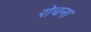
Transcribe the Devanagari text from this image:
रोचना